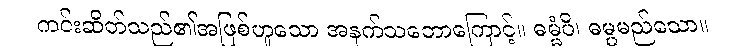
ကင်းဆိတ်သည်၏အဖြစ်ဟူသော အနက်သဘောကြောင့်။ ဓမ္မံပိ၊ ဓမ္မမည်သော။